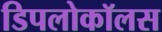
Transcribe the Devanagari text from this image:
डिपलोकॉलस